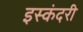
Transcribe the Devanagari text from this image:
इस्कंदरी